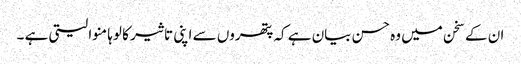
ان کے سخن میں وہ حسن بیان ہے کہ پتھروں سے اپنی تاثیر کا لوہا منوا لیتی ہے ۔